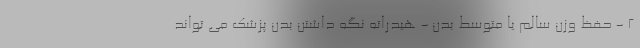
2 - حفظ وزن سالم یا متوسط بدن - هیدراته نگه داشتن بدن پزشک می تواند